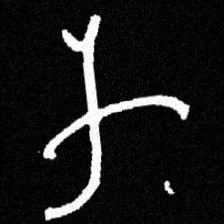
Pyu character \u2014 Myanmar letter: က (romanized: ka)